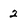
Character: 2